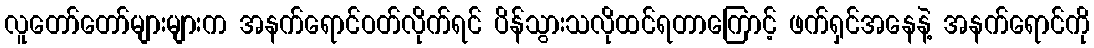
လူတော်တော်များများက အနက်ရောင်ဝတ်လိုက်ရင် ပိန်သွားသလိုထင်ရတာကြောင့် ဖက်ရှင်အနေနဲ့ အနက်ရောင်ကို